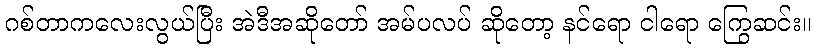
ဂစ်တာကလေးလွယ်ပြီး အဲဒီအဆိုတော် အမ်ပလပ် ဆိုတော့ နင်ရော ငါရော ကြွေဆင်း။